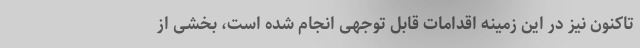
تاکنون نیز در این زمینه اقدامات قابل توجهی انجام شده است، بخشی از